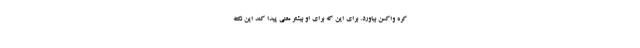
کره واکسن بیاورد. برای این که برای او بیشتر معنی پیدا کند این نکته